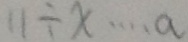
1 1 \div x \cdots a